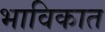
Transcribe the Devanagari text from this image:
भाविकात